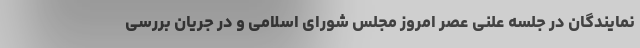
نمایندگان در جلسه علنی عصر امروز مجلس شورای اسلامی و در جریان بررسی